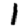
Digit: 1